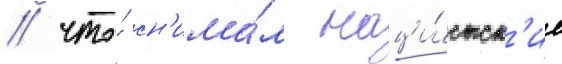
/ что́ сн'има́л наци́стск'ие